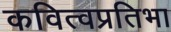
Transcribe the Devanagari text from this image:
कवित्वप्रतिभा